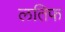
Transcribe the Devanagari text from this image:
लतिफ